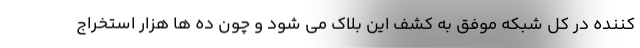
کننده در کل شبکه موفق به کشف این بلاک می شود و چون ده ها هزار استخراج